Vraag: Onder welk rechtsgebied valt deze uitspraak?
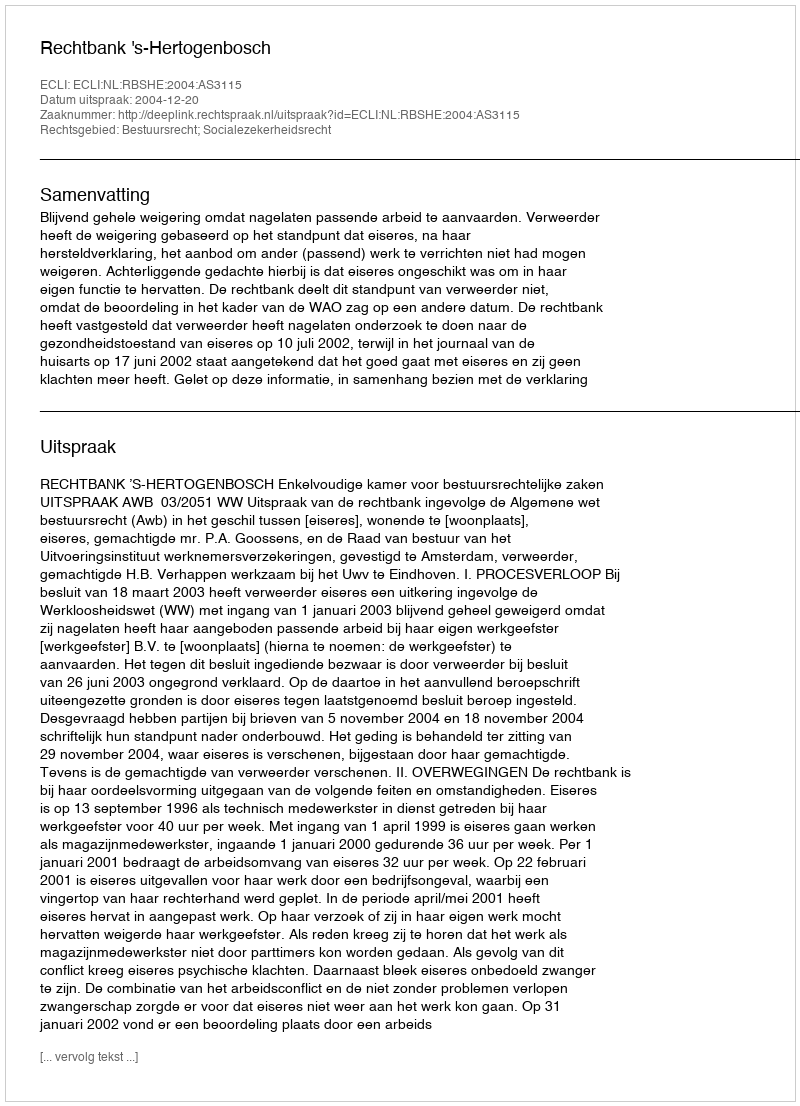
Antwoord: Bestuursrecht; Socialezekerheidsrecht